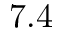
7 . 4